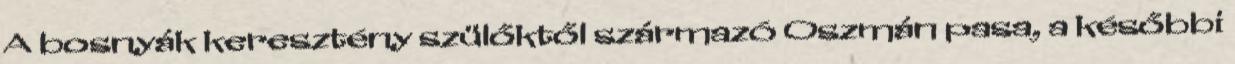
A bosnyák keresztény szülőktől származó Oszmán pasa, a későbbi